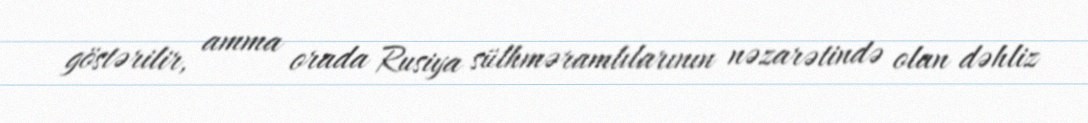
göstərilir, amma orada Rusiya sülhməramlılarının nəzarətində olan dəhliz